Indian journal of veterinary science and animal husbandry - Volumes 26-27, 1956-1957
Year: 1956
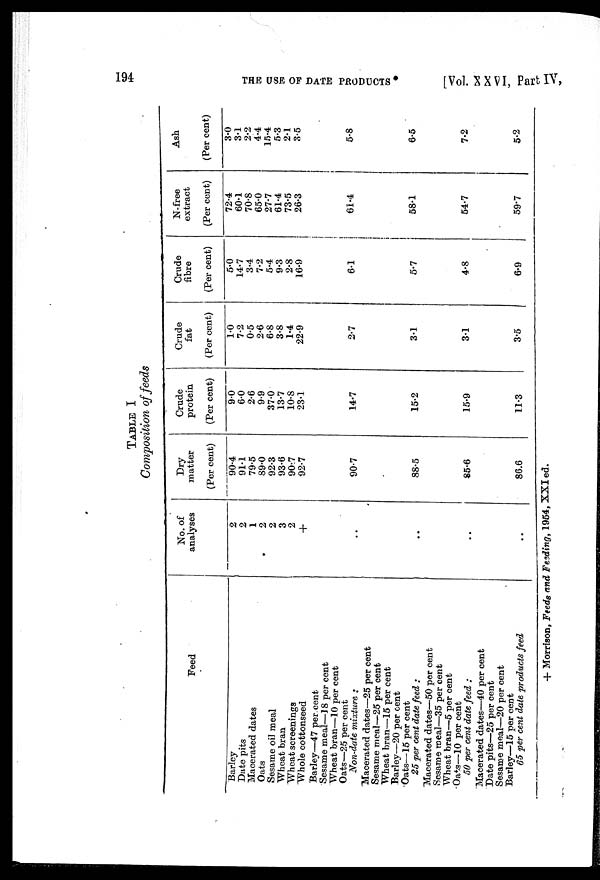
194
THE
USE
OF
DATE
PRODUCTS
[Vol. XXVI, Part IV,
TABLE I
Composition of feeds
Feed
Barley
Date pits
Macerated dates
Oats
Sesame oil meal
Wheat bran
Wheat screenings
Whole cottonseed
Barley—47 per cent
Sesame meal—18 per cent
Wheat bran—10 per cent
Oats—25 per cent
Non-date mixture :
Macerated dates—25 per cent
Sesame meal—25 per cent
Wheat bran—15 per cent
Barley—20 per cent
Oats—15 per cent
25 per cent date feed :
Macerated dates—50 per cent
Sesame meal—35 per cent
Wheat bran—5 per cent
Oats—10 per cent
50 per cent date feed :
Macerated dates—40 per cent
Date pits—25 per cent
Sesame meal—20 per cent
Barley—15 per cent
65 per cent date products feed
No. of
analyses
2
2
1
2
2
3
2
+
..
..
..
..
Dry
matter
(Per cent)
90.4
91.1
79.5
89.0
92.3
93.6
90.7
92.7
90.7
88.5
85.6
86.6
Crude
protein
(Per cent)
9.0
6.0
2.6
9.9
37.0
13.7
10.8
23.1
14.7
15.2
15.9
11.3
Crude
fat
(Per cent)
1.0
7.2
0.5
2.6
6.8
3.8
1.4
22.9
2.7
3.1
3.1
3.5
Crude
fibre
(Per cent)
5.0
14.7
3.4
7.2
5.4
9.3
2.8
16.9
6.1
5.7
4.8
6.9
N-free
extract
(Per cent)
72.4
60.1
70.8
65.0
27.7
61.4
73.5
26.3
61.4
58.1
54.7
59.7
Ash
(Per cent)
3.0
3.1
2*2
4.4
15.4
5.3
2.1
3.5
5.8
6.5
7.2
5.2
+ Morrison, Feeds and Feeding, 1954, XXI ed.